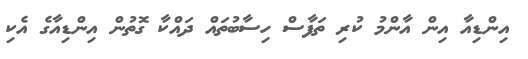
އިންޑިއާ އިން އާންމު ކުރި ތަފާސް ހިސާބުތައް ދައްކާ ގޮތުން އިންޑިއާގެ އެކި